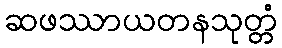
ဆဖဿာယတနသုတ္တံ